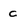
Character: c